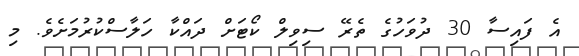
އެ ފައިސާ 30 ދުވަހުގެ ތެރޭ ސިވިލް ކޯޓަށް ދައްކާ ހަލާސްކުރުމަށެވެ. މި